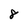
Character: 8